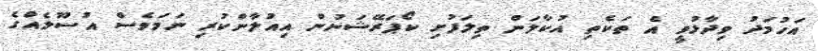
އަހުމަދު ވިދާޅުވީ އެ ތަކެތި އުކާލަން ތިލަފުށި ކޯޕަރޭޝަނުން އިއުލާންކުރި ނަމަވެސް އުސޫލެއްގެ